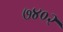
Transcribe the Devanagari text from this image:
७४०२